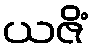
ယဇိံ